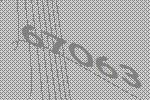
67063